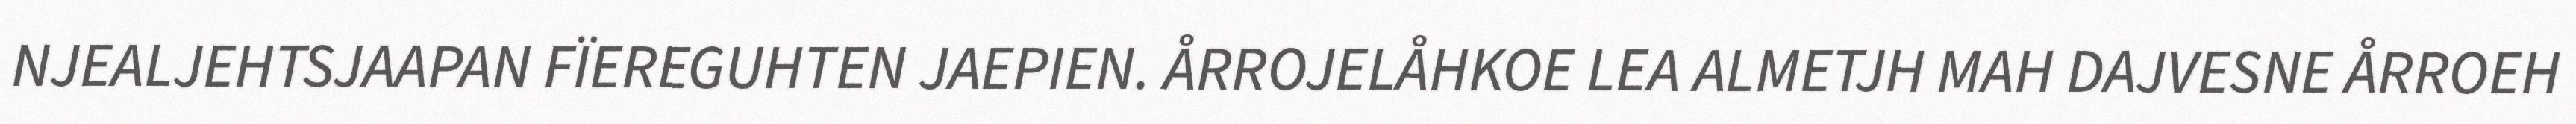
NJEALJEHTSJAAPAN FÏEREGUHTEN JAEPIEN. ÅRROJELÅHKOE LEA ALMETJH MAH DAJVESNE ÅRROEH